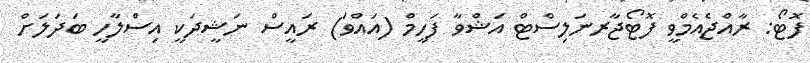
ފޮޓޯ: ރާއްޖެއެމްވީ ފޮޓޯޖާރނަލިސްޓް އަޝްވާ ފަހީމް (އައްވަ) ރައީސް ނަޝީދަކީ އިސްލާހީ ބަދަލަށް